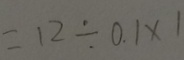
= 1 2 \div 0 . 1 \times 1